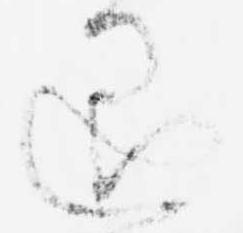
退